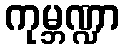
ကုမ္ဘဏ္ဍာ